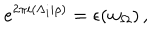
e ^ { 2 \pi i ( \Lambda _ { i } | \rho ) } = \epsilon ( w _ { \Omega } ) \, ,